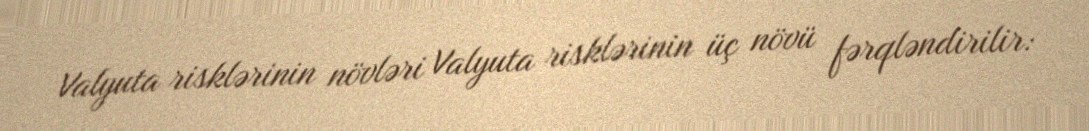
Valyuta risklərinin növləri Valyuta risklərinin üç növü fərqləndirilir: